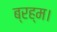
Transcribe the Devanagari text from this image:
ब्रह्म।